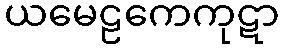
ယမေဠကေကုဋာ